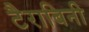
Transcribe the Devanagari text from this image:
टैराबिनी